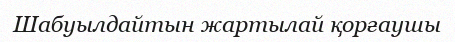
Шабуылдайтын жартылай қорғаушы